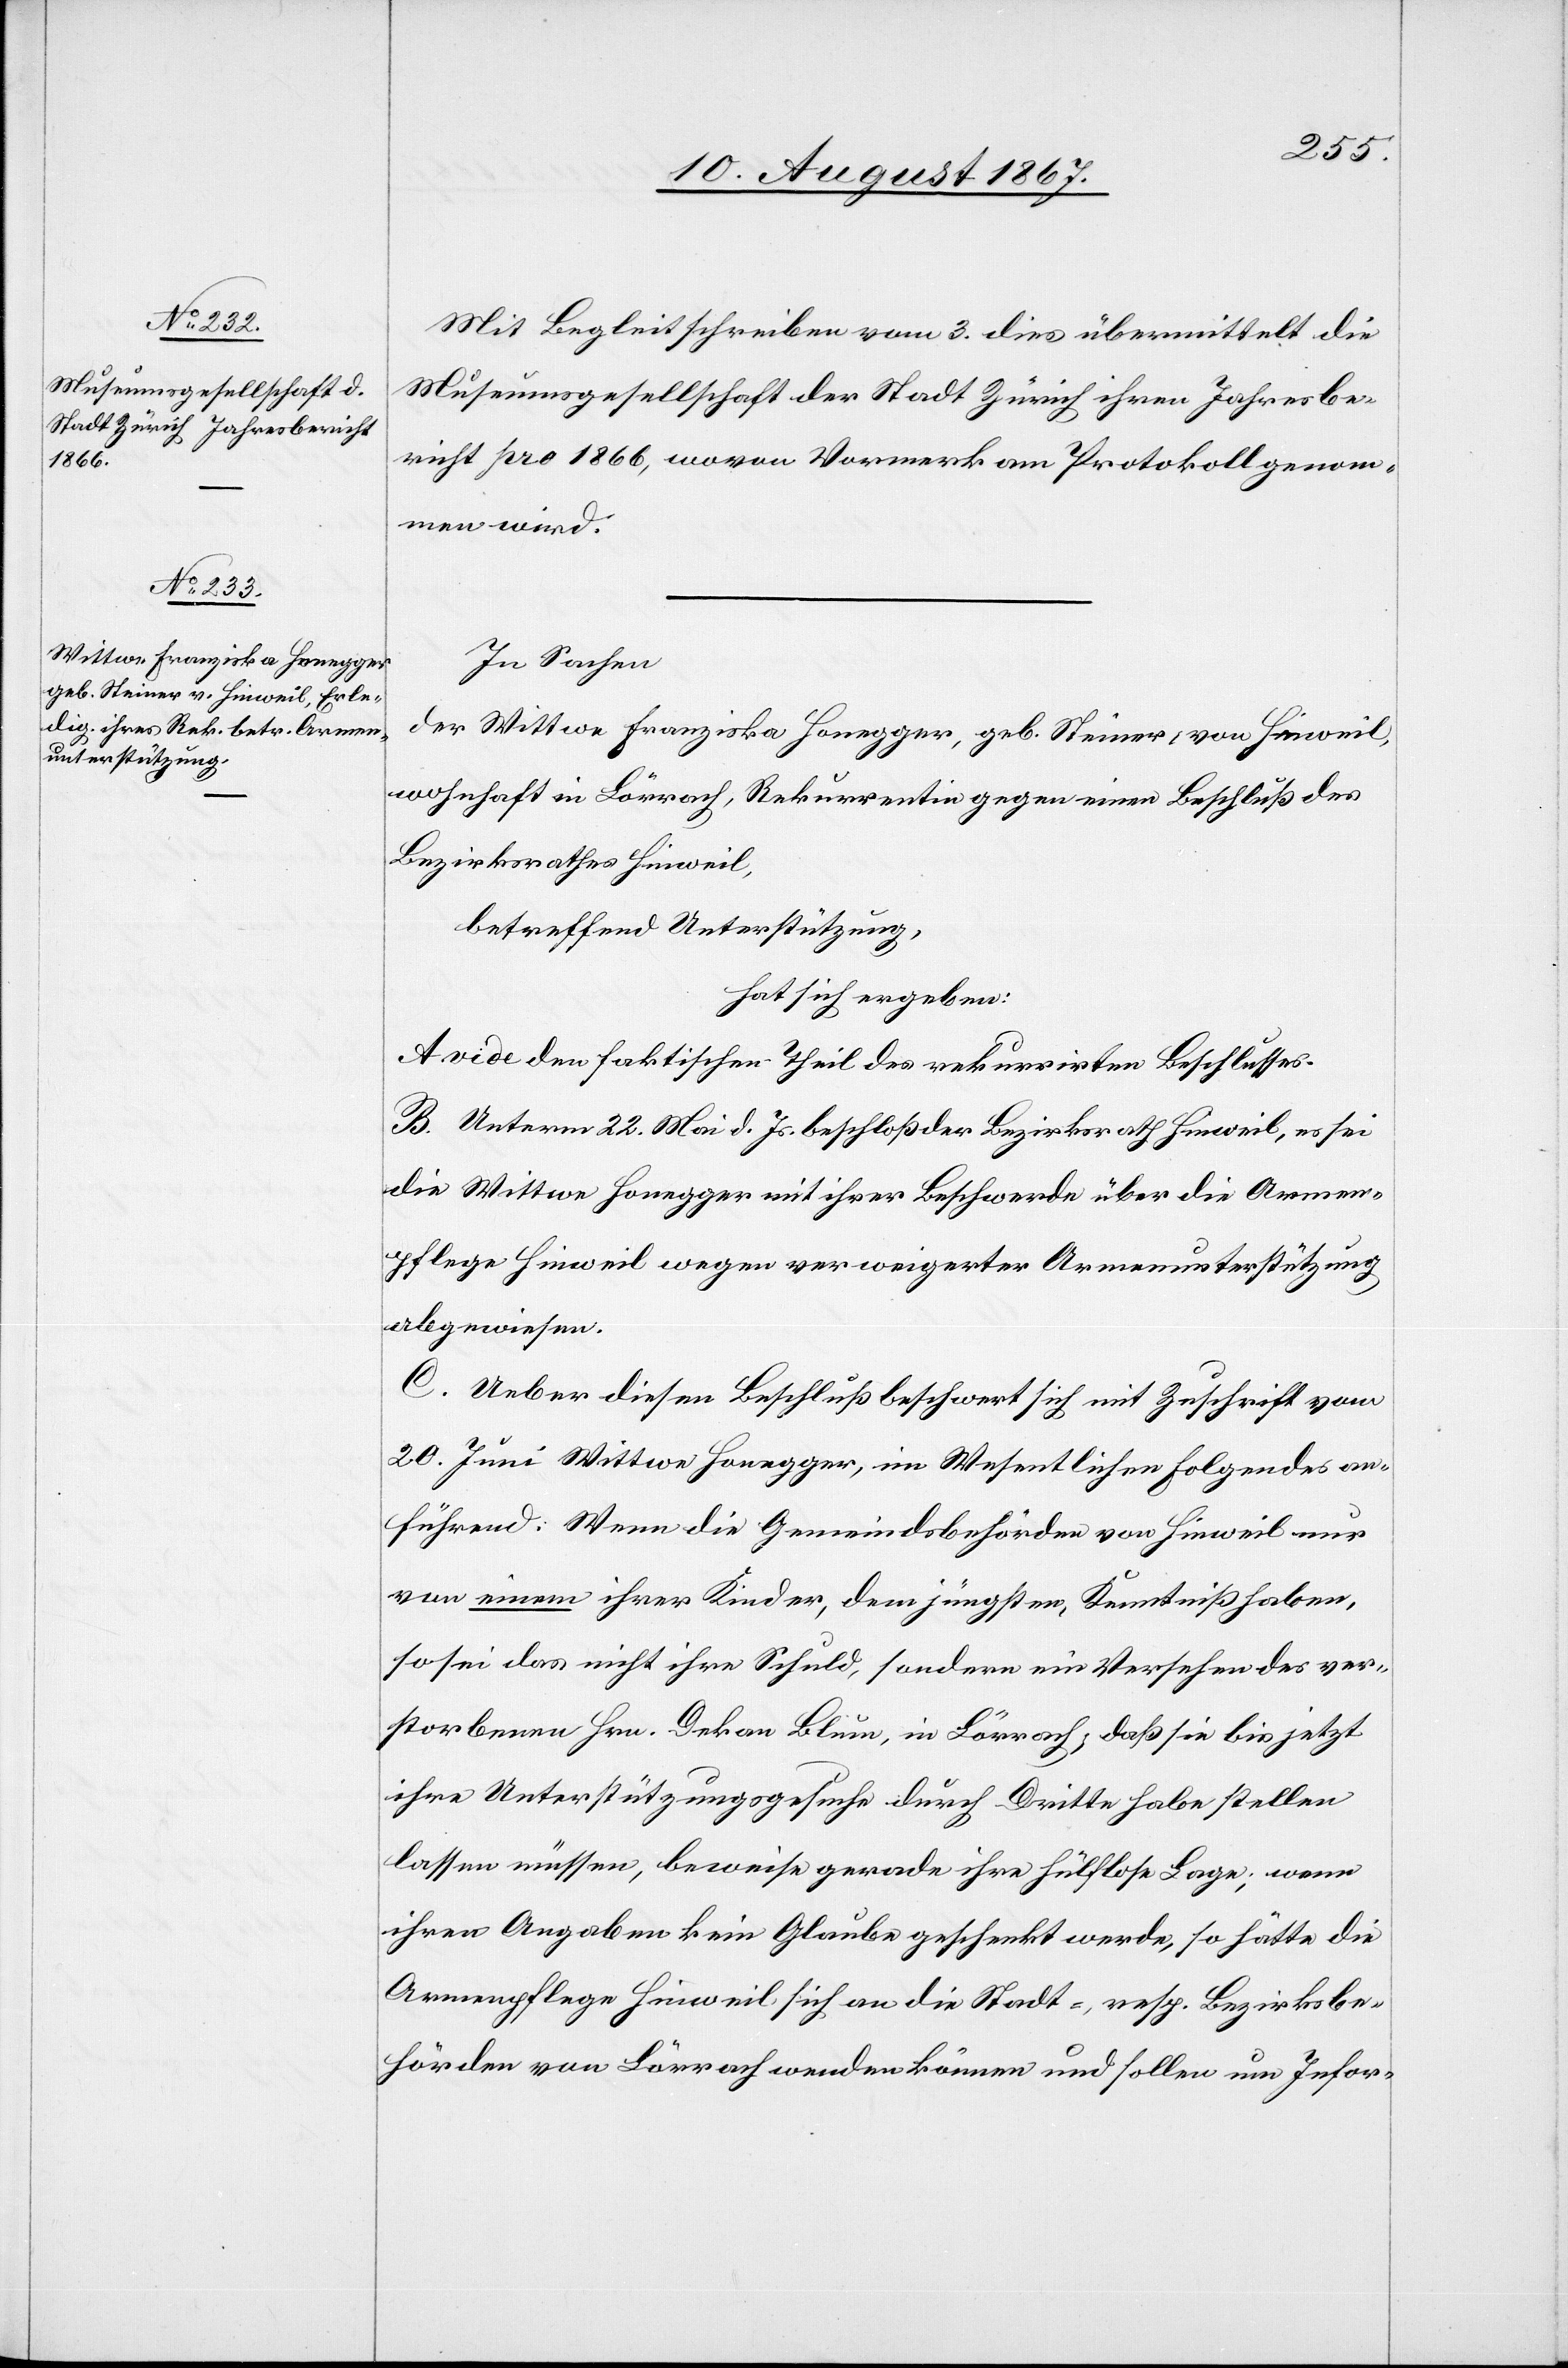
Mit Begleitschreiben vom 3. dies übermittelt die
Museumsgesellschaft der Stadt Zürich ihren Jahresbe¬
richt pro 1866, wovon Vormerk am Protokoll genom¬
men wird.
In Sachen
der Wittwe Franziska Honegger, geb. Steiner, von Hinweil,
wohnhaft in Lörrach, Rekurrentin gegen einen Beschluß des
Bezirksrathes Hinweil,
betreffend Unterstützung,
hat sich ergeben:
A vide den faktischen Theil des rekurrirten Beschlusses.
B. Unterm 22. Mai d. Js. beschloß der Bezirksrath Hinweil, es sei
die Wittwe Honegger mit ihrer Beschwerde über die Armen¬
pflege Hinweil wegen verweigerter Armenunterstützung
abgewiesen.
C. Ueber diesen Beschluß beschwert sich mit Zuschrift vom
20. Juni Wittwe Honegger, im Wesentlichen folgendes an¬
führend. Wenn die Gemeindsbehörden von Hinweil nur
von einem ihrer Kinder, dem jüngsten, Kenntniß haben,
so sei das nicht ihre Schuld, sondern ein Versehen des ver¬
storbenen Hrn. Dekan Blum, in Lörrach; daß sie bis jetzt
ihre Unterstützungsgesuche durch Dritte habe stellen
lassen müssen, beweise gerade ihre hülflose Lage; wenn
ihren Angaben kein Glaube geschenkt werde, so hätte die
Armenpflege Hinweil sich an die Stadt-, resp. Bezirksbe¬
hörden von Lörrach werden können und sollen um Infor-